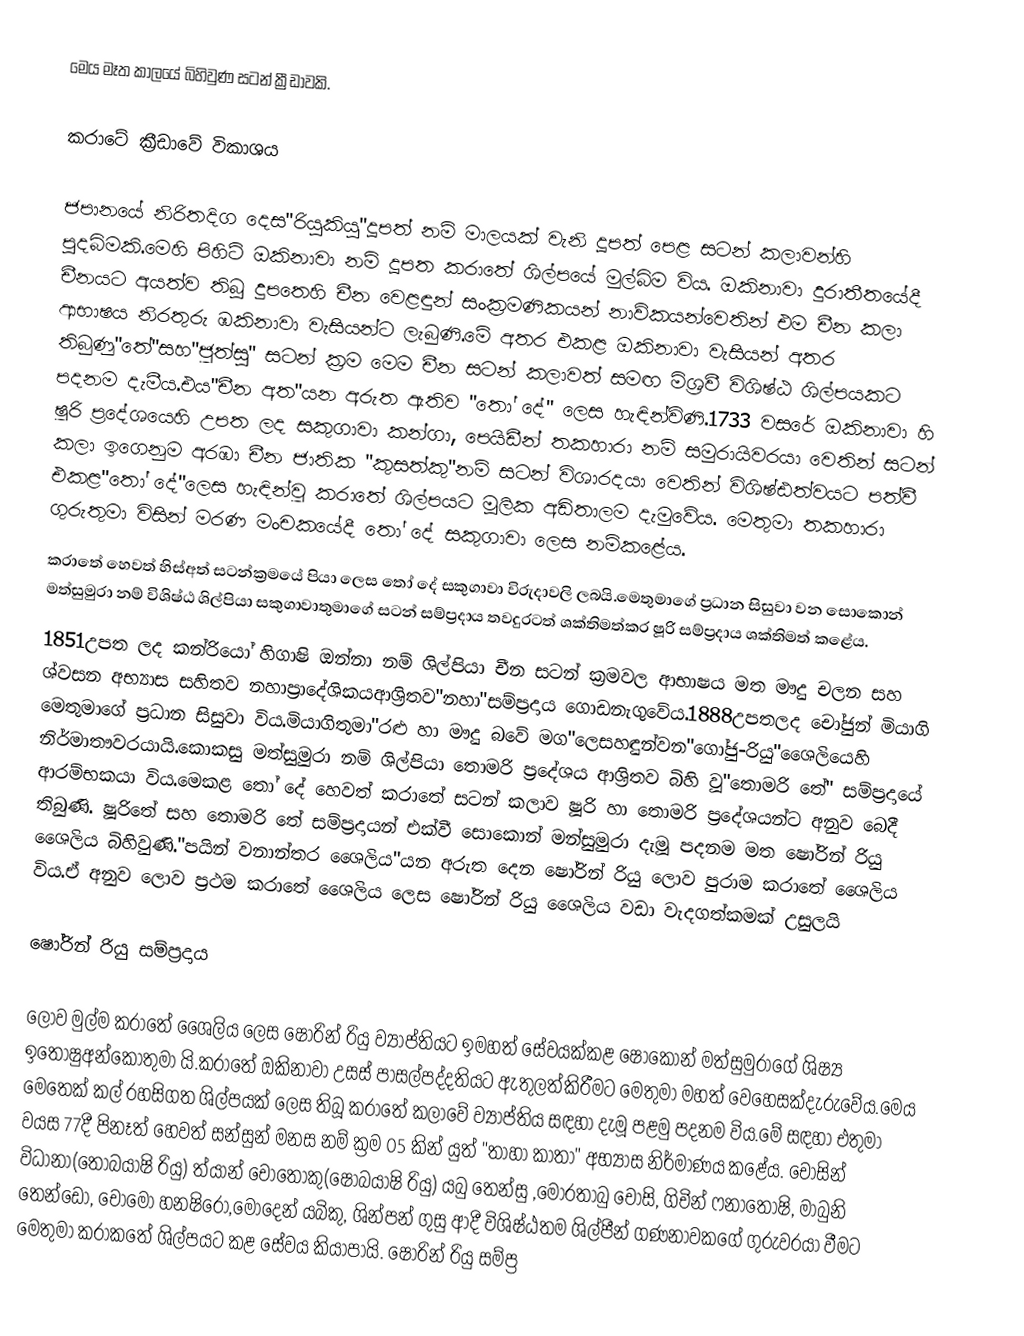
මෙය මෑත කාලයේ බිහිවුණ සටන් ක්‍රීඩාවකි.

කරාටේ ක්‍රීඩාවේ විකාශය

      ජපානයේ නිරිතදිග දෙස"රියුකියු"දූපත් නම් මාලයක් වැනි දූපත් පෙළ සටන් කලාවන්හි පුදබිමකි.මෙහි පිහිටි ඔකිනාවා නම් දූපත කරාතේ ශිල්පයේ මුල්බිම විය. ඔකිනාවා දුරාතීතයේදී චීනයට අයත්ව තිබූ දුපතෙහි චීන වෙළඳුන් සංක්‍රමණිකයන් නාව්කයන්වෙතින් එම චීන කලා ආභාෂය නිරතුරු ඹකිනාවා වැසියන්ට ලැබුණි.මේ අතර එකළ ඔකිනාවා වැසියන් අතර තිබුණු"තේ"සහ"ජූත්සු" සටන් ක්‍රම මෙම චීන සටන් කලාවත් සමඟ මිශ්‍රවී විශිෂ්ඨ ශිල්පයකට පදනම දැමීය.එය"චීන අත"යන අරුත ඇතිව "තෝ දේ" ලෙස හැඳින්විණි.1733 වසරේ ඔකිනාවා හි ෂූරි ප්‍රදේශයෙහි උපත ලද සකුගාවා කන්ගා, පෙයිඩීන් තකහාරා නම් සමුරායිවරයා වෙතින් සටන් කලා ඉගෙනුම අරඹා චීන ජාතික "කුසත්කු"නම් සටන් විශාරදයා වෙතින් විශිෂ්ඪත්වයට පත්වී එකළ"තෝ දේ"ලෙස හැඳින්වූ කරාතේ ශිල්පයට මූලික අඩිතාලම දැමුවේය. මෙතුමා තකහාරා ගුරුතුමා විසින් මරණ මංචකයේදී තෝ දේ සකුගාවා ලෙස නම්කළේය.
	 කරාතේ හෙවත් හිස්අත් සටන්ක්‍රමයේ පියා ලෙස තෝ දේ සකුගාවා විරුදාවලි ලබයි.මෙතුමාගේ ප්‍රධාන සිසුවා වන සොකොන් මත්සුමුරා නම් විශිෂ්ඨ ශිල්පියා සකුගාවාතුමාගේ සටන් සම්ප්‍රදාය තවදුරටත් ශක්තිමත්කර ෂූරි සම්ප්‍රදාය ශක්තිමත් කළේය.
1851උපත ලද කන්රියෝ හිගාෂි ඔන්නා නම් ශිල්පියා චීන සටන් ක්‍රමවල ආභාෂය මත මෟදු චලන සහ ශ්වසන අභ්‍යාස සහිතව නහාප්‍රාදේශිකයආශ්‍රිතව"නහා"සම්ප්‍රදාය ගොඩනැගුවේය.1888උපතලද චෝජුන් මියාගි මෙතුමාගේ ප්‍රධාන සිසුවා විය.මියාගිතුමා"රළු හා මෳදු බවේ මග"ලෙසහඳුන්වන"ගෝජු-රියු"ශෛලියෙහි නිර්මාතෳවරයායි.කොකසු මත්සුමුරා නම් ශිල්පියා තොමරි ප්‍රදේශය ආශ්‍රිතව බිහි වූ"තොමරි තේ" සම්ප්‍රදායේ ආරම්භකයා විය.මෙකළ තෝ දේ හෙවත් කරාතේ සටන් කලාව ෂූරි හා තොමරි ප්‍රදේශයන්ට අනුව බෙදී තිබුණි. ෂූරිතේ සහ තොමරි තේ සම්ප්‍රදායන් එක්වී සොකොන් මන්සුමුරා දැමූ පදනම මත ෂෝරින් රියු ශෛලිය බිහිවුණි."පයින් වනාන්තර ශෛලිය"යන අරුත දෙන ෂෝරින් රියු ලොව පුරාම කරාතේ ශෛලිය විය.ඒ අනුව ලොව ප්‍රථම කරාතේ ශෛලිය ලෙස ෂෝරින් රියු ශෛලිය වඩා වැදගත්කමක් උසුලයි

ෂෝරින් රියු සම්ප්‍රදාය

ලොව මුල්ම කරාතේ ශෛලිය ලෙස ෂෝරින් රියු ව්‍යාප්තියට ඉමහත් සේවයක්කළ ෂෝකොන් මත්සුමුරාගේ ශිෂ්‍ය ඉතෝෂුඅන්කෝතුමා යි.කරාතේ ඔකිනාවා උසස් පාසල්පද්දතියට ඇතුලත්කිරීමට මෙතුමා මහත් වෙහෙසක්දැරුවේය.මෙය මෙතෙක් කල් රහසිගත ශිල්පයක් ලෙස තිබූ කරාතේ කලාවේ ව්‍යාප්තිය සඳහා දැමූ පළමු පදනම විය.මේ සඳහා එතුමා වයස 77දී පිනෑත් හෙවත් සන්සුන් මනස නම් ක්‍රම 05 කින් යුත් "තාහා කාතා" අභ්‍යාස නිර්මාණය කළේය. චොසින් විධානා(තොබයාෂි රියු) ත්යාන් චොතොකු(ෂොබයාෂි රියු) යබු තෙන්සු ,මොරතාබු චොසි, ගිචින් ෆනාතොෂි, මාබුනි තෙන්ඩෝ, චෝමෝ හනෂිරෝ,මෝදෙන් යබිකු, ශින්පන් ගුසු ආදී විශිෂ්ඨතම ශිල්පීන් ගණනාවකගේ ගුරුවරයා වීමට මෙතුමා කරාකතේ ශිල්පයට කළ සේවය කියාපායි.		ෂෝරින් රියු සම්ප්‍ර